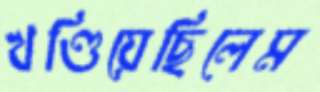
খণ্ডিয়েছিলেম